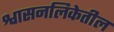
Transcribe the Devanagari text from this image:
श्वासनलिकेतील